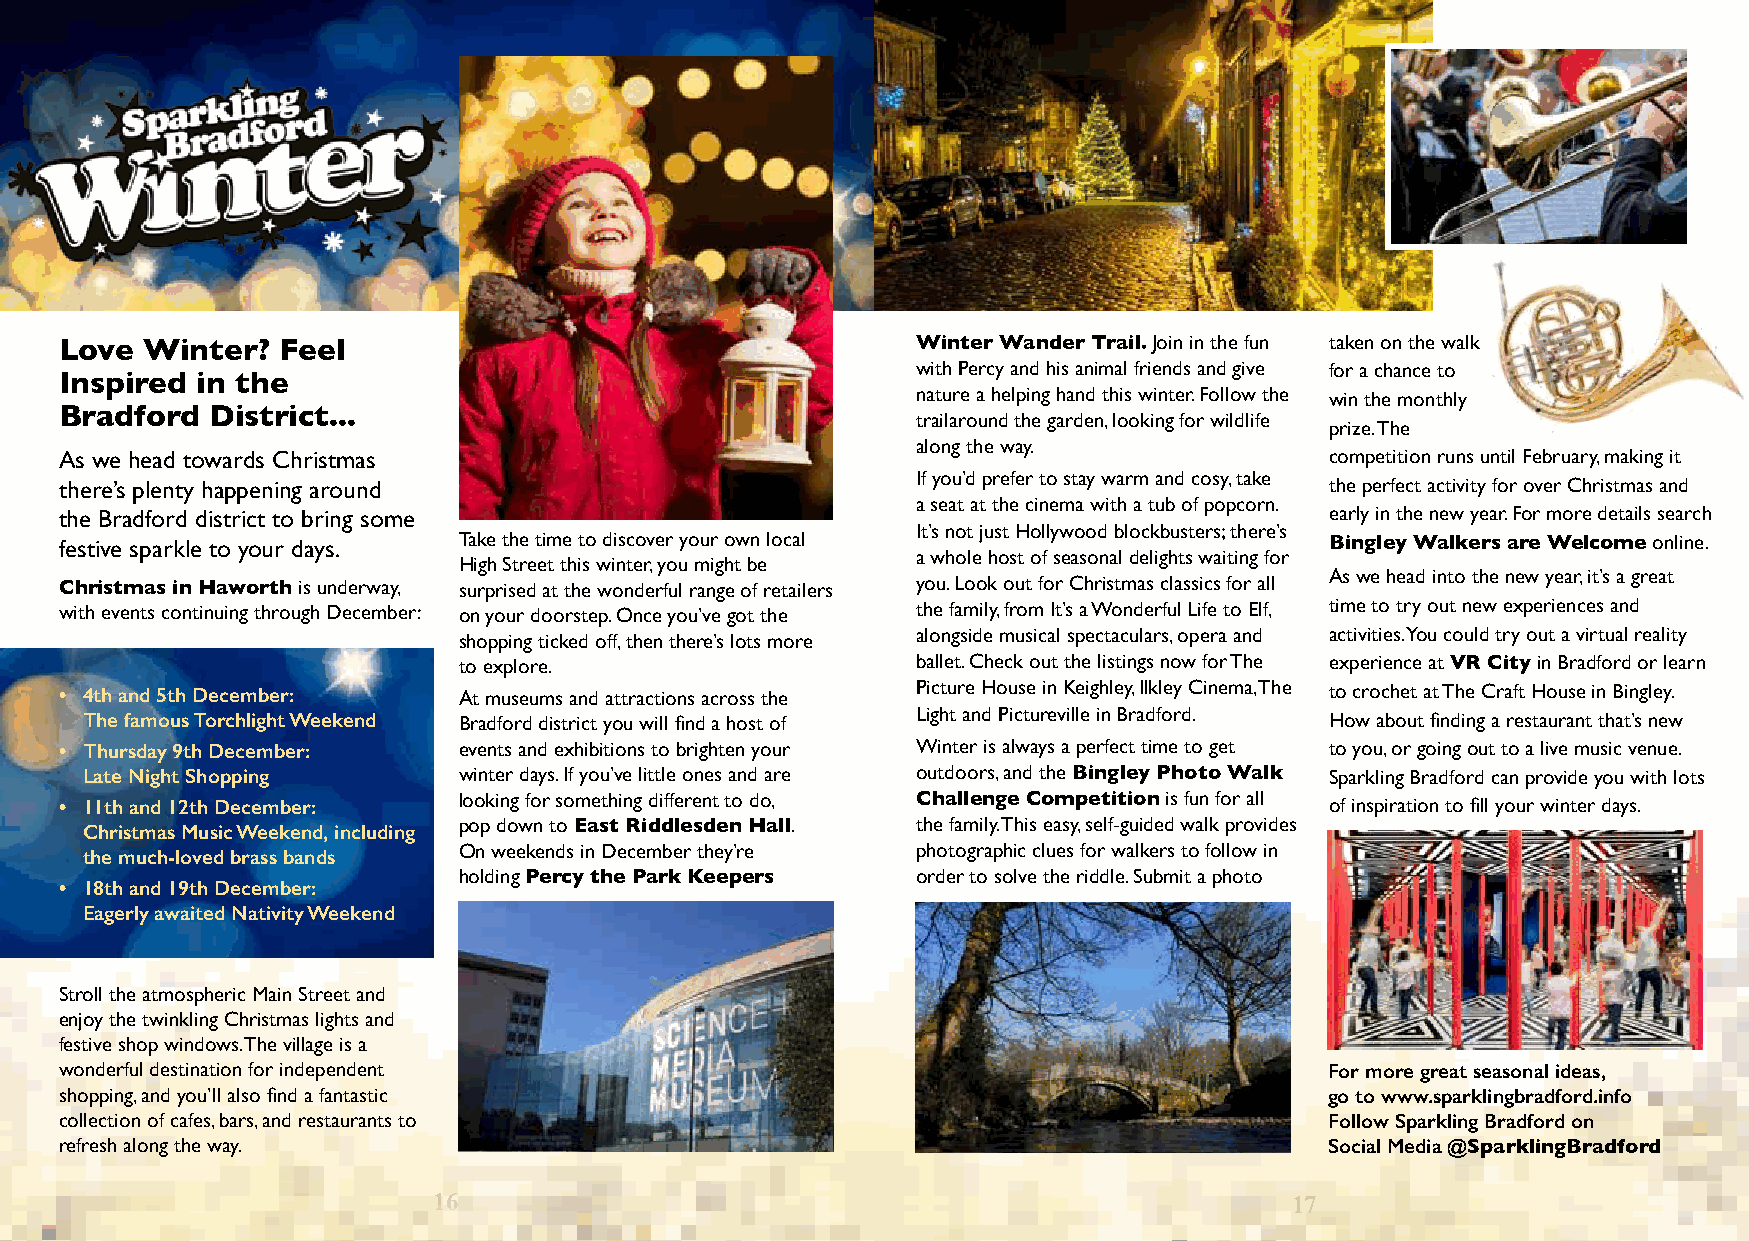
Love  Winter?  Feel                                      Winter Wander Trail. Join in the fun taken on the walk
 with Percy and his animal friends and give for a chance to
 Inspired in the
 nature a helping hand this winter. Follow the win the monthly
 Bradford  District...                                    trailaround the garden, looking for wildlife
 prize. The
 along the way.
 As we head towards Christmas                                                        competition runs until February, making it
 If you’d prefer to stay warm and cosy, take
 there’s plenty happening around                                                     the perfect activity for over Christmas and
 a seat at the cinema with a tub of popcorn.
 the Bradford district to bring some                                                 early in the new year. For more details search
 It’s not just Hollywood blockbusters; there’s
 festive sparkle to your days. Take the time to discover your own local              Bingley Walkers are Welcome online.
 a whole host of seasonal delights waiting for
 High Street this winter, you might be
 As we head into the new year, it’s a great
 Christmas in Haworth is underway, surprised at the wonderful range of retailers you. Look out for Christmas classics for all
 with events continuing through December: on your doorstep. Once you’ve got the the family, from It’s a Wonderful Life to Elf, time to try out new experiences and
 shopping ticked off, then there’s lots more alongside musical spectaculars, opera and activities. You could try out a virtual reality
 to explore.                    ballet. Check out the listings now for The experience at VR City in Bradford or learn
 • 4th and 5th December:   At museums and attractions across the Picture House in Keighley, Ilkley Cinema, The to crochet at The Craft House in Bingley.
 The famous Torchlight Weekend Bradford district you will find a host of Light and Pictureville in Bradford. How about finding a restaurant that’s new
 • Thursday 9th December:  events and exhibitions to brighten your Winter is always a perfect time to get to you, or going out to a live music venue.
 Late Night Shopping      winter days. If you’ve little ones and are outdoors, and the Bingley Photo Walk Sparkling Bradford can provide you with lots
 • 11th and 12th December: looking for something different to do, Challenge Competition is fun for all of inspiration to fill your winter days.
 Christmas Music Weekend, including pop down to East Riddlesden Hall. the family. This easy, self-guided walk provides
 On weekends in December they’re photographic clues for walkers to follow in
 the much-loved brass bands
 holding Percy the Park Keepers order to solve the riddle. Submit a photo
 • 18th and 19th December:
 Eagerly awaited Nativity Weekend
 Stroll the atmospheric Main Street and
 enjoy the twinkling Christmas lights and
 festive shop windows. The village is a
 wonderful destination for independent                                               For more great seasonal ideas,
 shopping, and you’ll also find a fantastic                                          go to www.sparklingbradford.info
 collection of cafes, bars, and restaurants to                                       Follow Sparkling Bradford on
 refresh along the way.                                                              Social Media @SparklingBradford
 16                                                      17